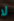
لا